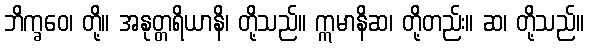
ဘိက္ခဝေ၊ တို့။ အနုတ္တရိယာနိ၊ တို့သည်။ ဣမာနိဆ၊ တို့တည်း။ ဆ၊ တို့သည်။